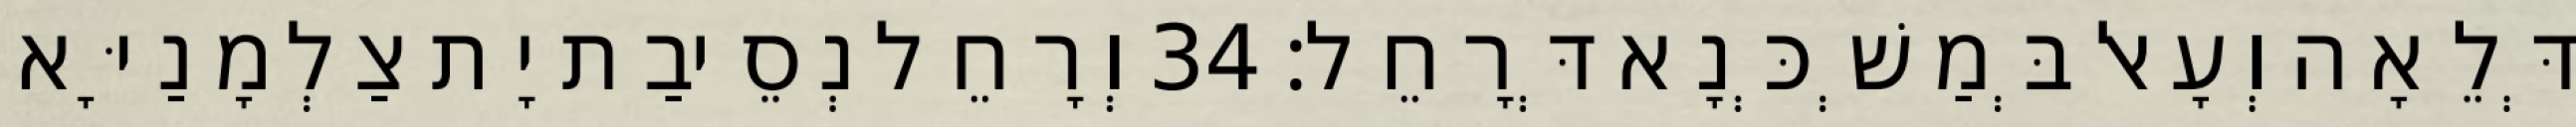
דְּלֵאָה וְעָאל בְּמַשְׁכְּנָא דְּרָחֵל׃ 34 וְרָחֵל נְסֵיבַת יָת צַלְמָנַיָּא